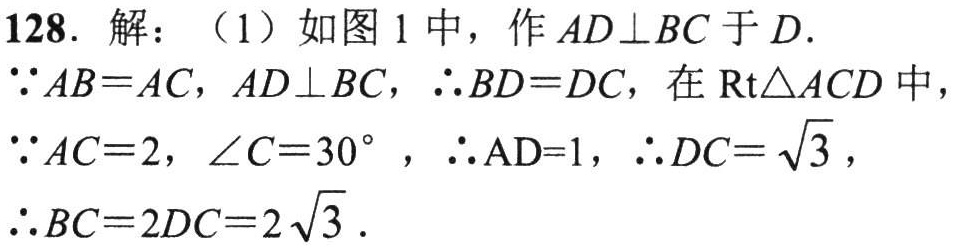
128. 解：（1）如图 1 中，作 \(AD\perp BC\) 于 \(D\).

\(\because AB = AC\)，\(AD\perp BC\)，\(\therefore BD = DC\)，在 \(\text{Rt}\triangle ACD\) 中，

\(\because AC = 2\)，\(\angle C = 30^{\circ}\)，\(\therefore AD = 1\)，\(\therefore DC=\sqrt{3}\)，

\(\therefore BC = 2DC = 2\sqrt{3}\).